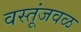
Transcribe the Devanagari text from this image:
वस्तूंजवळ